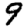
Digit: 9